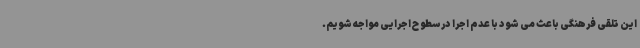
این تلقی فرهنگی باعث می شود با عدم اجرا در سطوح اجرایی مواجه شویم.